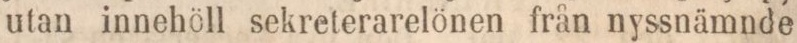
utan innehöll sekreterarelönen från nyssnämnde